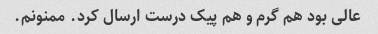
عالی بود هم گرم و هم پیک درست ارسال کرد. ‌ممنونم.